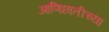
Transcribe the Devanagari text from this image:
आणिछातीच्या